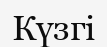
Күзгі